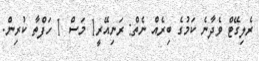
ރެލިގޭޓް ވެދާނެ ކަމުގެ ބިރެއް ނެތް: ރަނިއޭރީ1 މަސް 1 ހަފްތާ ކުރިން.